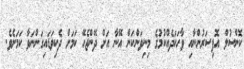
ކޮންސުލް އޮފިސަރުންނާއި ވާހަކަދެއްކުމުގެ މިނިވަންކަން އޭނާ އަށް ދޭންޖެހޭ ކަމަށް ދެކިވަޑައިގަންނަވާ ކަމަށެވެ.